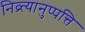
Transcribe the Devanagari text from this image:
निव्र्त्यानुप्पत्ति